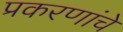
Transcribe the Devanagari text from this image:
प्रकरणांचे